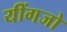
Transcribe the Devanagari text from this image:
यींगजो